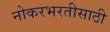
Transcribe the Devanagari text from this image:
नोकरभरतीसाठी